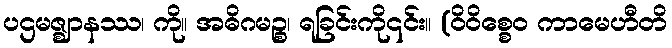
ပဌမဇ္ဈာနဿ၊ ကို။ အဓိဂမဉ္စ၊ ရခြင်းကို၎င်း။ (ဝိဝိစ္စေဝ ကာမေဟီတိ